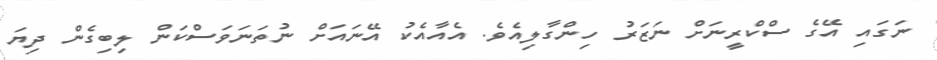
ނަގައި އޭގެ ސްކްރީނަށް ނަޒަރު ހިންގާލިއެވެ. އެއާއެކު އޭނައަށް ނުތަނަވަސްކަން ލިބިގެން ދިޔަ